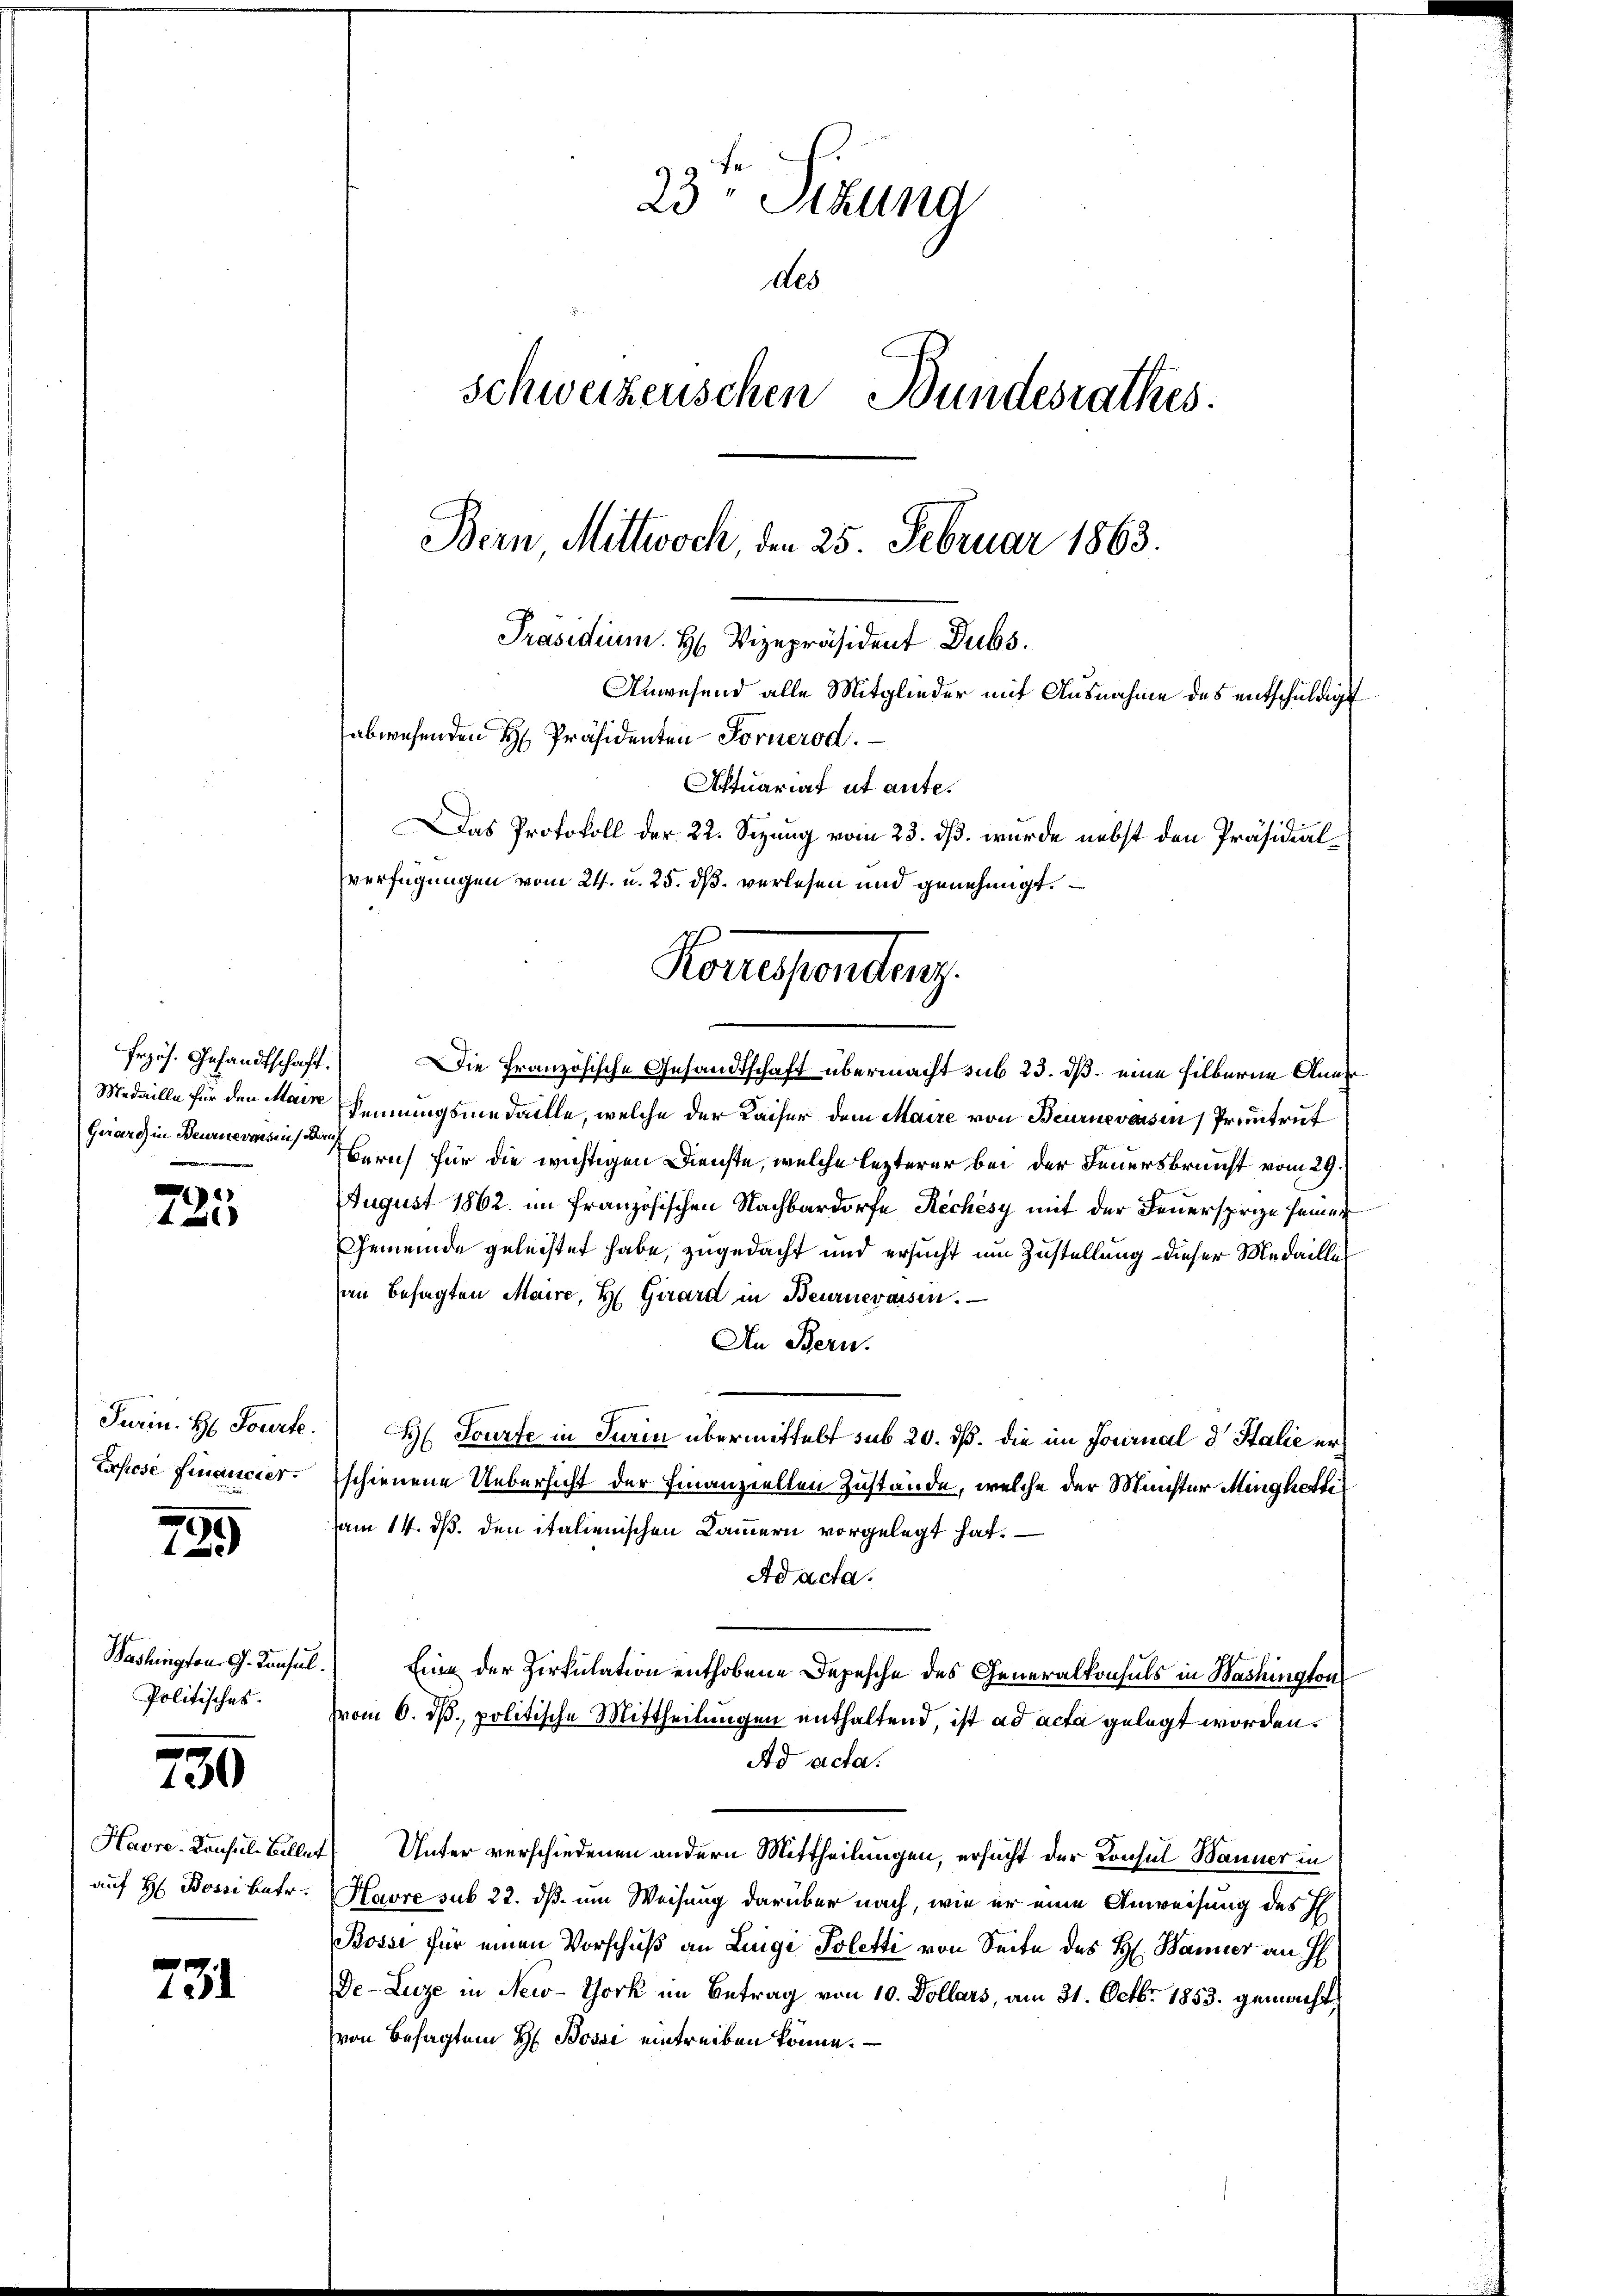
Frzös. Gesandtschaft.
Guard in Beurnevaisen den
.

¬

Eichose Financier.

799

Washington G. Tonsul
Politisches.

750

731

23 Sekung
des
Schweizerischen Bundesrathes.
Bern Mittwoch, den 25. Februar 1863.
Präsidium. H. Vizepräsident Dubs
Anwesend alle Mitglieder mit Ausnahme des entschuldigt

abwesenden H. Präsidenten Fornerod.
Aktuariat ut ante¬
Das Protokoll der 22. Sezung vom 23. ds. wurde nebst den Präsidialverfügungen vom 24. u. 25. dß. verlesen und genehmigt.
Konesendung.

Die Französische Gesandtschaft übermacht sub 23. ds. eine Hilberne Aner¬
Medaille für den Mann kennungsmedaille, welche der Kaiser dem Maire von Beurnevassen Pruntrut
Bern für die wichtigen Dienste, welche lezterer bei der Feuersbrunst vom 29.
August 1862 im französischen Nachbardorfe Rechésy mit der Feuersprie seiner
Gemeinde geleistet habe, zugedacht und ersucht um Zustellung dieser Medailles
an besagten Maire, H. Girard in Beurnevassen.
In Bern.
Jurin. H Fourte. H. Tourte in Turin übermittelt sub 20. ds. die im Journal d. Stalie erschienene Uebersicht der Finanziellen Zustände, welche der Münster Minghettiam 14. ds. den italienischen Cammern vorgelegt hat.
Ad acta.
Eine der Zirkulation enthobene Depesche des Generalkonsuls in Washington
vom 6. ds., politische Mittheilungen enthaltend, ist ad acta gelegt worden.
Ad acta.
Havre-Konsul-Biller Unter verschiedenen andern Mittheilungen, ersucht der Konsul Banner in
auf H. Bossi betr. Havre sub 22. dß um Weisung darüber nach, wie er eine Anweisung des H
Bossi für einen Vorschuß an Leige Poletti von Seite des H. Banner an Ih
De Luze in New-York im Betrag von 10. Dollars, am 31. Octbr. 1853. gemacht
von Besagten H. Bossi eintreiben könne.